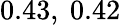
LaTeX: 0.43,\ 0.42